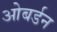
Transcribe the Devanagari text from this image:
ओबर्डन